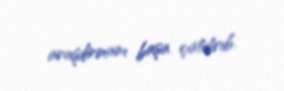
araşdırmanı başa çatdırıb.